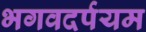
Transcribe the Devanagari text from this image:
भगवदर्पयम